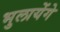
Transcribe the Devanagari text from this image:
भुलायेंगे